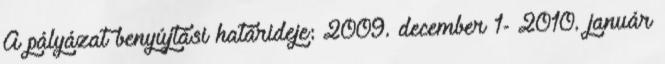
A pályázat benyújtási határideje: 2009. december 1- 2010. január